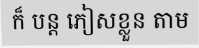
ក៏ បន្ត ភៀសខ្លួន តាម